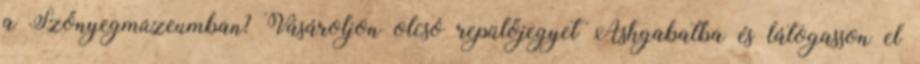
a Szőnyegmúzeumban? Vásároljon olcsó repülőjegyet Ashgabatba és látogasson el